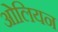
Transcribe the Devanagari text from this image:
ओलियन